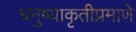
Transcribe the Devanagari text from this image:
धनुष्याकृतीप्रमाणे